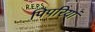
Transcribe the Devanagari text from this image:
पिपरियां